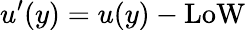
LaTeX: u^{\prime}(y)=u(y)-\mathrm{LoW}